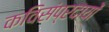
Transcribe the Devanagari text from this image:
कविसंप्रदायों